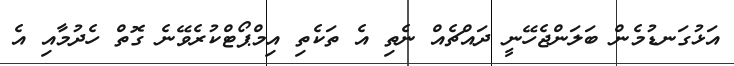
އަޅުގަނޑުމެން ބަލަންޖެހޭނީ ދައްޗެއް ނެތި އެ ތަކެތި އިމްޕޯޓްކުރެވޭނެ ގޮތް ހެދުމާއި އެ